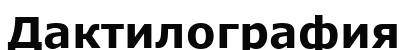
Дактилография